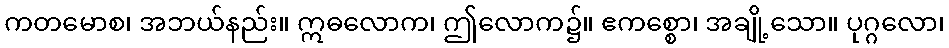
ကတမောစ၊ အဘယ်နည်း။ ဣဓလောက၊ ဤလောက၌။ ဧကစ္စော၊ အချို့သော။ ပုဂ္ဂလော၊